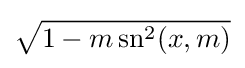
{\sqrt {1-m\operatorname {sn} ^{2}(x,m)}}